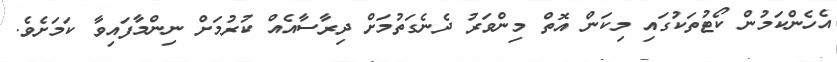
އެހެންކަމުން ކޯޓުތަކުގައި މިކަން އޮތް މިންވަރު ދެނެގަތުމަށް ދިރާސާއެއް ކުރުމަށް ނިންމާފައިވާ ކަމަށެވެ.